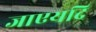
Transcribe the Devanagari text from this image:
जाएयदि